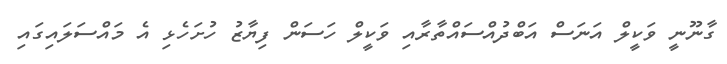
ގާނޫނީ ވަކީލް އަނަސް އަބްދުއްސައްތާރާއި ވަކީލް ހަސަން ފިޔާޒު ހުށަހެޅި އެ މައްސަލައިގައި